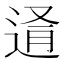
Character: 𨓔